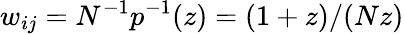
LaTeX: w_{ij}=N^{-1}p^{-1}(z)=(1+z)/(Nz)